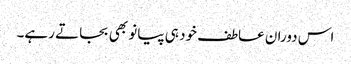
اس دوران عاطف خود ہی پیانو بھی بجاتے رہے۔